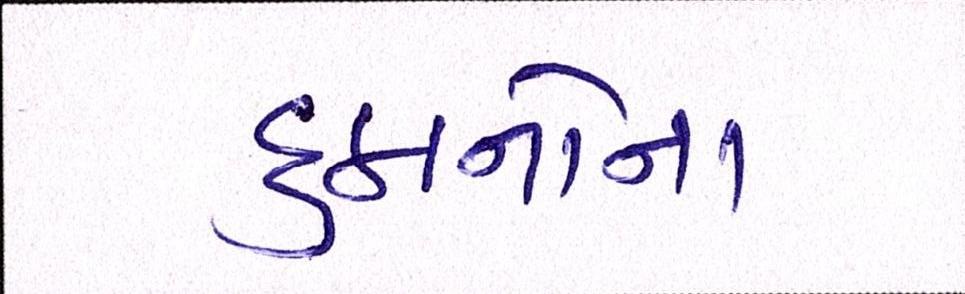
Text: દુકાનોના